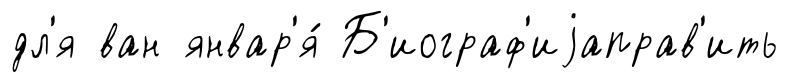
дл'я ван январ'я́ Б'иограф'иjаправ'ить